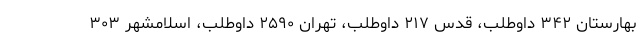
بهارستان ۳۴۲ داوطلب، قدس ۲۱۷ داوطلب، تهران ۲۵۹۰ داوطلب، اسلامشهر ۳۰۳